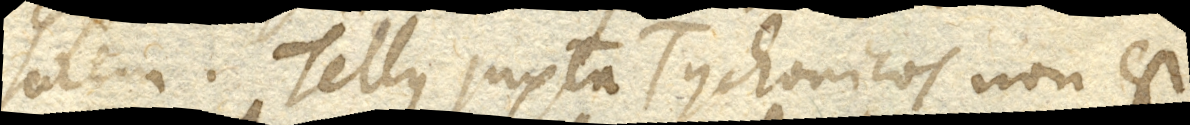
solem. Tellus juxta Tychonicos non est